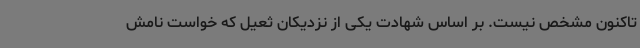
تاکنون مشخص نیست. بر اساس شهادت یکی از نزدیکان ثعیل که خواست نامش